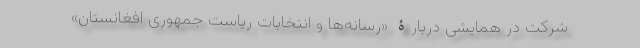
شرکت در همایشی دربارۀ «رسانه‌ها و انتخابات ریاست جمهوری افغانستان»